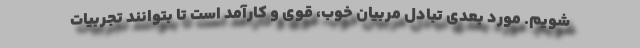
شویم. مورد بعدی تبادل مربیان خوب، قوی و کارآمد است تا بتوانند تجربیات